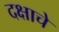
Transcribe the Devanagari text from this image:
दक्षाचे